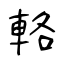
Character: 輅